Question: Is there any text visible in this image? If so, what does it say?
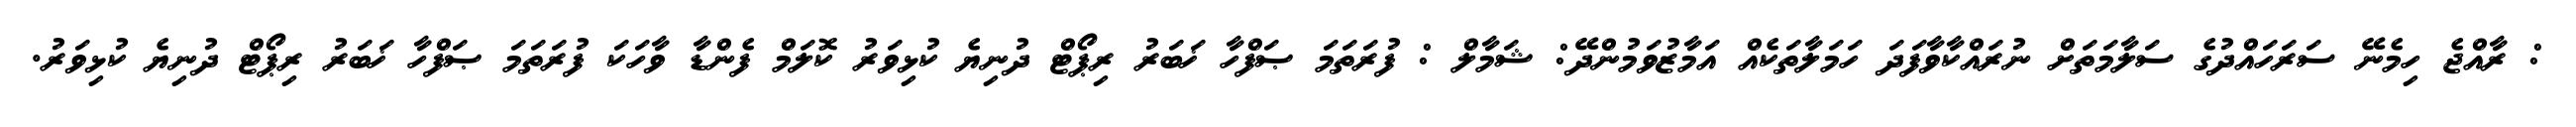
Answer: : ރާއްޖެ ހިމެނޭ ސަރަހައްދުގެ ސަލާމަތަށް ނުރައްކާވާފަދަ ހަމަލާތަކެއް އަމާޒުވަމުންދޭ: ޝަމާލް : ފުރަތަމަ ޞަފްހާ ޚަބަރު ރިޕޯޓް ދުނިޔެ ކުޅިވަރު ކޮލަމް ފެންޑާ ވާހަކަ ފުރަތަމަ ޞަފްހާ ޚަބަރު ރިޕޯޓް ދުނިޔެ ކުޅިވަރު.